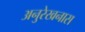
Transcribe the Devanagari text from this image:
अनुरेखनास